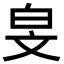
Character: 𬐅